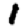
Digit: 1